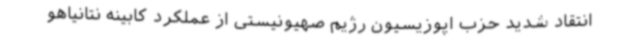
انتقاد شدید حزب اپوزیسیون رژیم صهیونیستی از عملکرد کابینه نتانیاهو